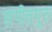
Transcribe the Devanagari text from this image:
संगीतगुरु